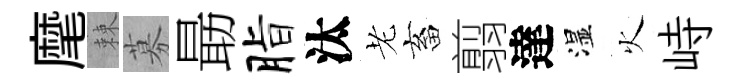
麾棘募朂脂汰老畜翦達湿火峙